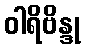
ဝါရိဗိန္ဒု